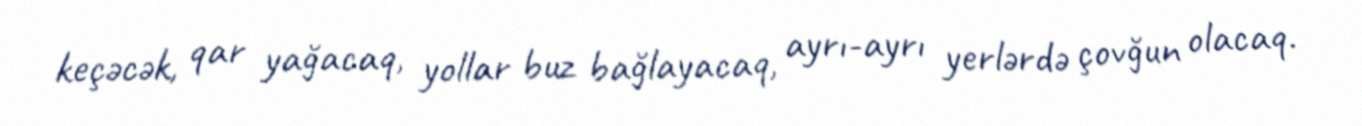
keçəcək, qar yağacaq, yollar buz bağlayacaq, ayrı-ayrı yerlərdə çovğun olacaq.